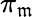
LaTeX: \pi_{\mathfrak{m}}